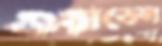
ওয়াডেল